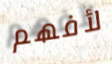
لأفهم